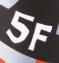
5F